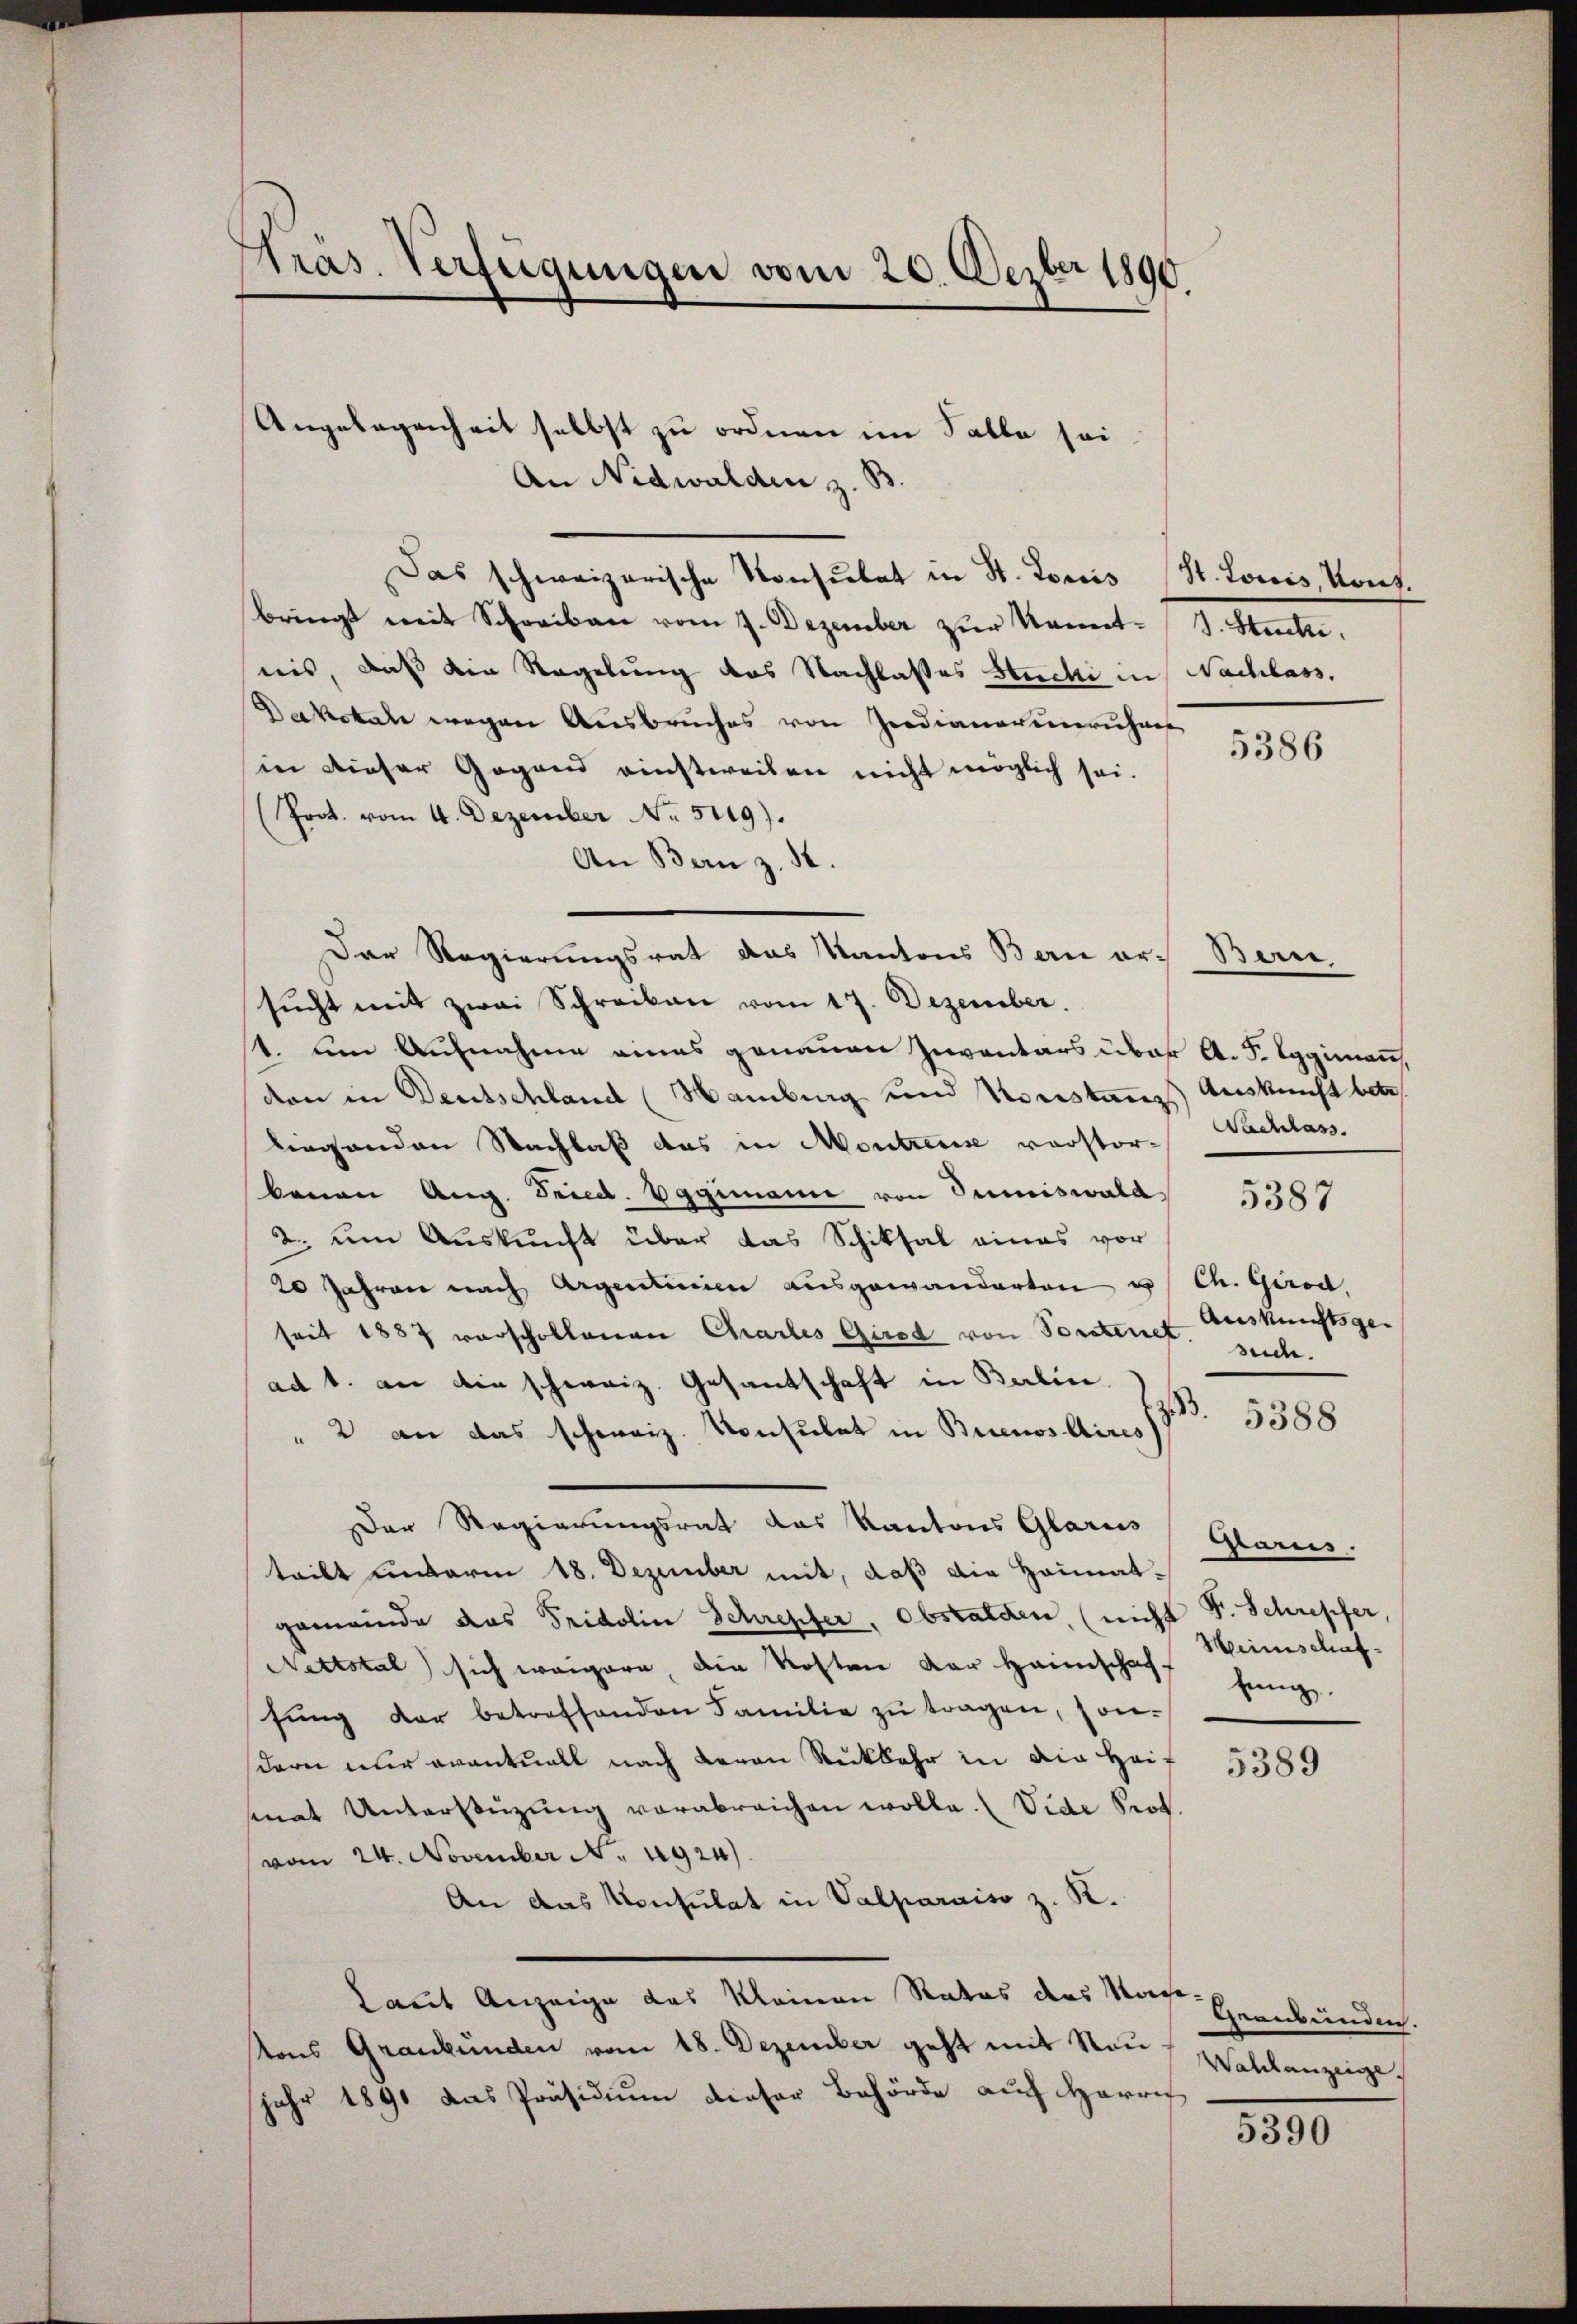
Präs. Verfügungen vom 20. Dezbr 1890.

Angelegenheit selbst zu ordnen im Falle sei
An Nidwalden z. B.
Das schweizerische Konsulat in St. Louis (St. Louis Kons.
bringt mit Schreiben vom 2. Dezember zur kannt J. Stucki,
nis, daß die Regelung des Nachlasses Stucki in Nachlass.
Dakokal wegen Ausbruches von Indianerieruhen
in dieser Gegend einstweilen nicht möglich sei.
(Prot. vom 4. Dezember No. 5119).
An Bern z. B.
Der Regierungsrat das Kantons Bern er- Bern
sucht mit zwei Schreiben vom 17. Dezember.
1. um Aufnahme eines genauen Inventars über A. F. Eggimann.
den in Deutschland (Hamburg und Konstangs Auskunft betr.
liegenden Nachlaß das in Montreuse verstor-Nachlass
benen Aug. Fried. Vggimann von Sumiswald 5388
2. um Auskunft über das Schiksal eines vor
20 Jahren nach Argentinien ausgewanderten u. Ch. Girod,
seit 1887 vorschollenen Chartes Gired von Sortenet. such.
ad 1. an die schweiz. Gesantschaft in Berlin.
.
" 2 an das schweiz. Konsulat in Buenos Aires
Der Regierungsrat das Kantons Glarus Glarus.
teilt unterm 18. Dezember mit, daß die Heimatgemeinde das Fridolin Schrepfer, obstalden, (nicht
Nettotal sich weigern, die Kosten der Heimschaff hinge.
fŭng der betreffenden Familie zŭ tragen, son-
dern nur eventuell nach Baron Rückkehr in die Heif
senat Unterstüzung verabreichen wolle. (Vide Prof.
vom 24. November No. 1924)
An das Konsulat in Valparaiso z. K.
Laut Anzeige das kleinen Rates das Nage-
vons Graubünden vom 18. Dezember geht mit Neujahr 1891 das Präsidium dieser Behörde auf Herrich

5386

Auskunftsge-

5388

F. Schrepfer,
Herinschaf¬

5389

geanbunden.
Wahlanzeige

5390